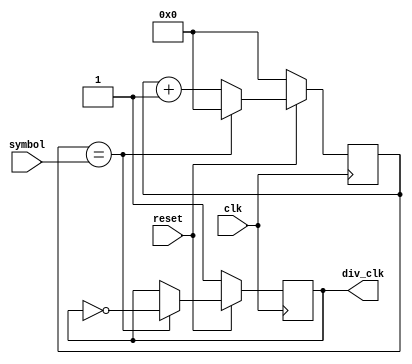
/**/

module clk_div(clk,reset,symbol,div_clk);

input clk;
input reset;
input [31:0] symbol;

output reg div_clk;

reg [31:0] count;

always @(posedge clk)
begin
	
		if (!reset)
			begin
				div_clk <= 1;
				count <= 0;
			end
		else 
			begin
				if(count == symbol)
					begin 
						div_clk <= ~div_clk;
						count <= 0;
					end
				else 
					count <= count + 1'b1;
			end
end
	
endmodule